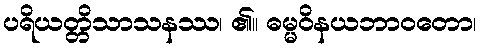
ပရိယတ္တိသာသနဿ၊ ၏။ ဓမ္မဝိနယဘာဝတော၊